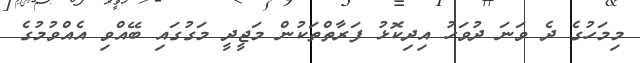
މިމަހުގެ ދެ ވަނަ ދުވަހު އިދިކޮޅު ފަރާތްތަކުން މަޖީދީ މަގުގައި ބޭއްވި އެއްވުމުގެ